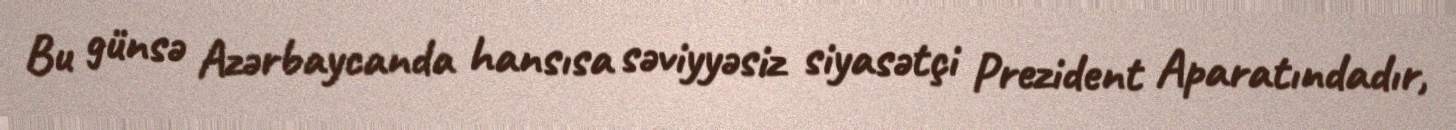
Bu günsə Azərbaycanda hansısa səviyyəsiz siyasətçi Prezident Aparatındadır,